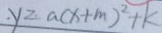
y = a ( x + m ) ^ { 2 } + k